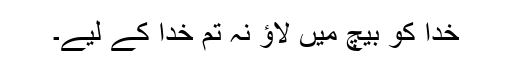
خدا کو بیچ میں لاؤ نہ تم خدا کے لیے۔